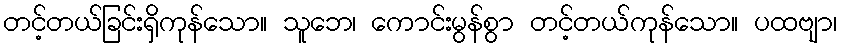
တင့်တယ်ခြင်းရှိကုန်သော။ သူဘေ၊ ကောင်းမွန်စွာ တင့်တယ်ကုန်သော။ ပထဗျာ၊